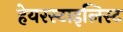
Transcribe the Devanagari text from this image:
हेयरस्टाइलिस्ट